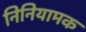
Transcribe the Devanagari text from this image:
निनियामक